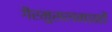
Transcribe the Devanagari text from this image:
गैरमुसलमानों